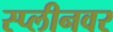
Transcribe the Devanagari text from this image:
स्प्लीनवर